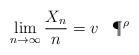
LaTeX: \begin{align*}\lim_{n \to \infty} \frac{X_n}{n} = v \;\;\; \P^\rho \end{align*}